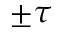
\pm \tau